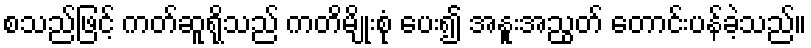
စသည်ဖြင့် ကတ်ဆူရိုသည် ကတိမျိုးစုံ ပေး၍ အနူးအညွတ် တောင်းပန်ခဲ့သည်။